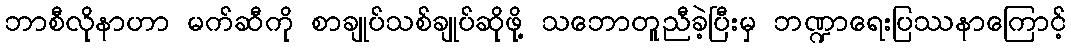
ဘာစီလိုနာဟာ မက်ဆီကို စာချုပ်သစ်ချုပ်ဆိုဖို့ သဘောတူညီခဲ့ပြီးမှ ဘဏ္ဍာရေးပြဿနာကြောင့်